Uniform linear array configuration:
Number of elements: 24
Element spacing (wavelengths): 0.25
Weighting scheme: uniform
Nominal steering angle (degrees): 30
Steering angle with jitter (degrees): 31.495
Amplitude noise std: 0.05
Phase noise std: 0.05

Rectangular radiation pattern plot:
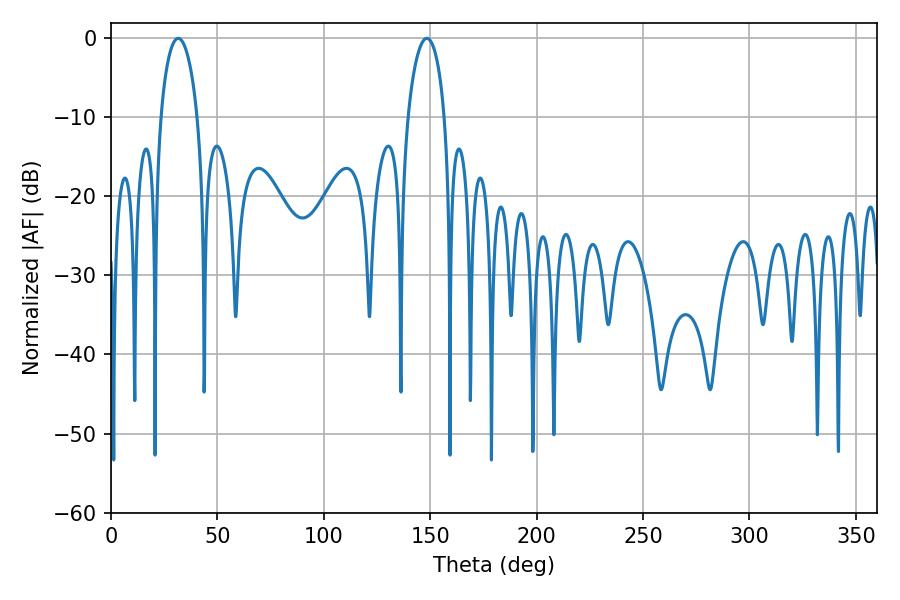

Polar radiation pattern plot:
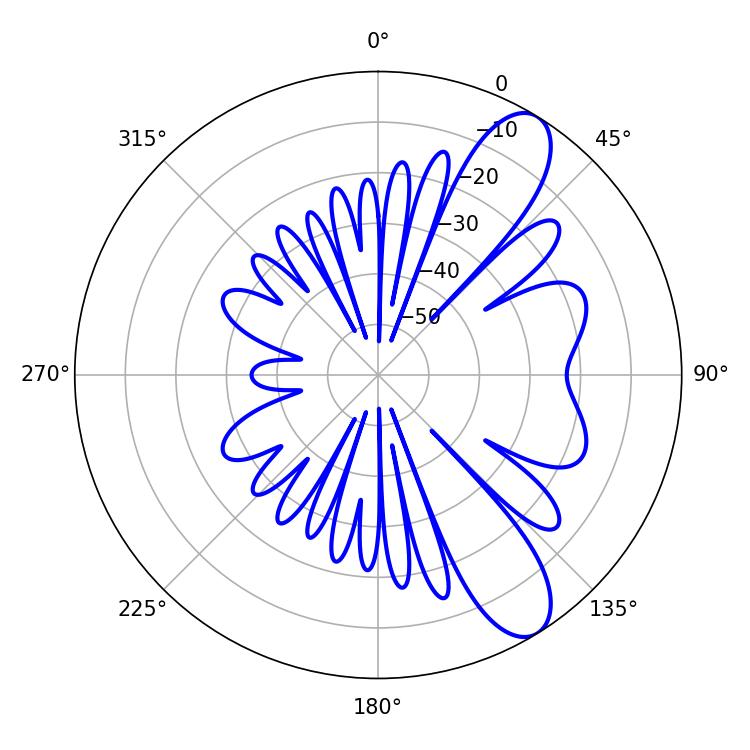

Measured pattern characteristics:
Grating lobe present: FALSE
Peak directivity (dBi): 9.789
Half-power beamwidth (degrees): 9.9
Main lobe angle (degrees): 31.5